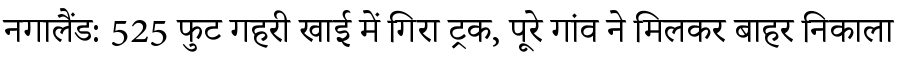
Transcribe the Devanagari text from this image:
नगालैंड: 525 फुट गहरी खाई में गिरा ट्रक, पूरे गांव ने मिलकर बाहर निकाला